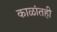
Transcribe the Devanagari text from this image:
काळांतही